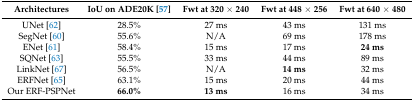
<table><thead><tr><td><b>Architectures</b></td><td><b>IoU on ADE20K [57]</b></td><td><b>Fwt at 320 × 240</b></td><td><b>Fwt at 448 × 256</b></td><td><b>Fwt at 640 × 480</b></td></tr></thead><tbody><tr><td>UNet [62]</td><td>28.5%</td><td>27 ms</td><td>43 ms</td><td>131 ms</td></tr><tr><td>SegNet [60]</td><td>55.6%</td><td>N/A</td><td>69 ms</td><td>178 ms</td></tr><tr><td>ENet [61]</td><td>58.4%</td><td>15 ms</td><td>17 ms</td><td><b>24 ms</b></td></tr><tr><td>SQNet [63]</td><td>55.5%</td><td>33 ms</td><td>44 ms</td><td>89 ms</td></tr><tr><td>LinkNet [67]</td><td>56.5%</td><td>N/A</td><td><b>14 ms</b></td><td>32 ms</td></tr><tr><td>ERFNet [65]</td><td>63.1%</td><td>15 ms</td><td>20 ms</td><td>44 ms</td></tr><tr><td>Our ERF-PSPNet</td><td><b>66.0%</b></td><td><b>13 ms</b></td><td>16 ms</td><td>34 ms</td></tr></tbody></table>